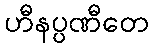
ဟီနပ္ပဏီတေ